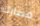
مسارك